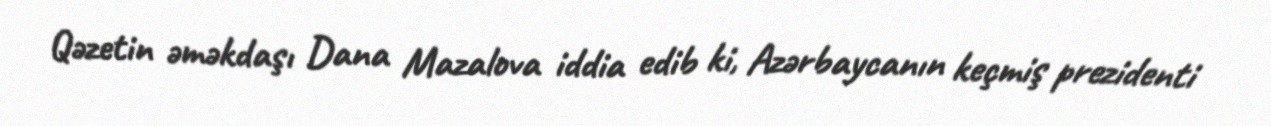
Qəzetin əməkdaşı Dana Mazalova iddia edib ki, Azərbaycanın keçmiş prezidenti